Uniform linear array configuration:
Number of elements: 48
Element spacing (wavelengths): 1
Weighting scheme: uniform
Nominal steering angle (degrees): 15
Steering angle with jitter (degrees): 13.517
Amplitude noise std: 0.05
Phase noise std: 0.05

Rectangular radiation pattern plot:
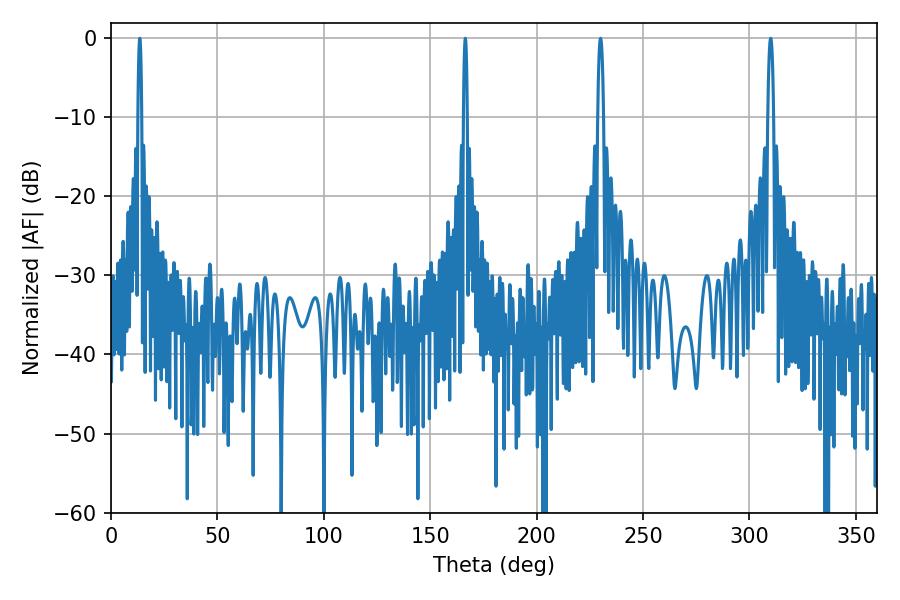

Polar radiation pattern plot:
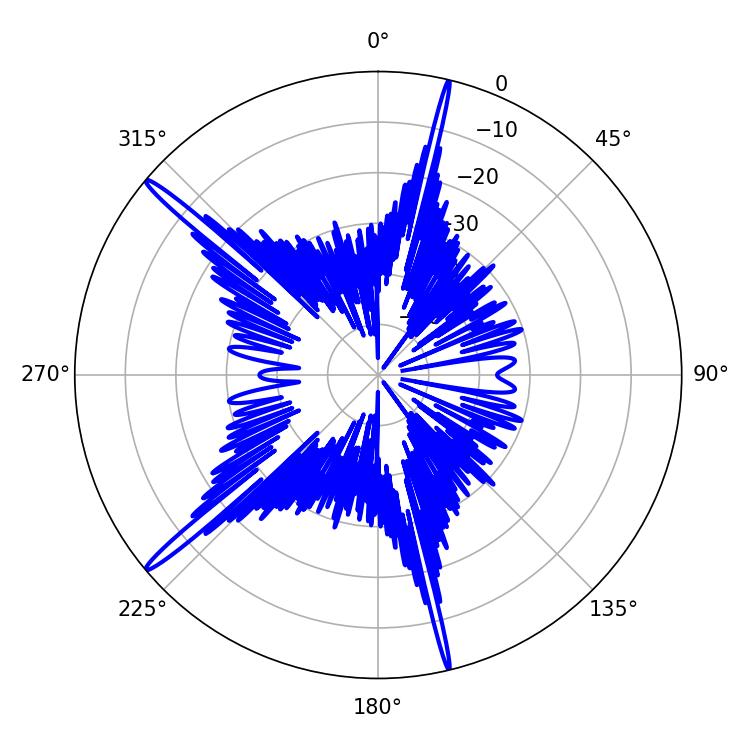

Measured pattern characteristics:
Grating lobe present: TRUE
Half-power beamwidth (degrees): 1.44
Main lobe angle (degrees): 230.04